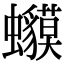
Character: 𧕥